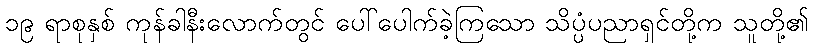
၁၉ ရာစုနှစ် ကုန်ခါနီးလောက်တွင် ပေါ်ပေါက်ခဲ့ကြသော သိပ္ပံပညာရှင်တို့က သူတို့၏